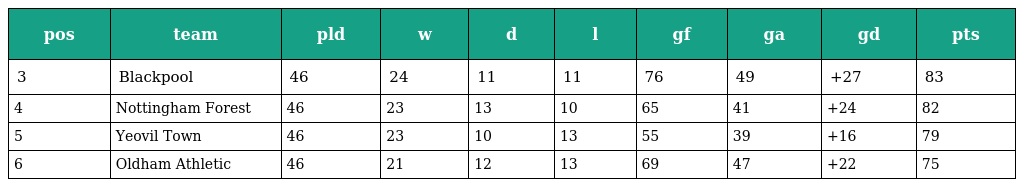
| pos | team | pld | w | d | l | gf | ga | gd | pts |
 | --- | --- | --- | --- | --- | --- | --- | --- | --- | --- |
 | 3 | Blackpool | 46 | 24 | 11 | 11 | 76 | 49 | +27 | 83 |
 | 4 | Nottingham Forest | 46 | 23 | 13 | 10 | 65 | 41 | +24 | 82 |
 | 5 | Yeovil Town | 46 | 23 | 10 | 13 | 55 | 39 | +16 | 79 |
 | 6 | Oldham Athletic | 46 | 21 | 12 | 13 | 69 | 47 | +22 | 75 |